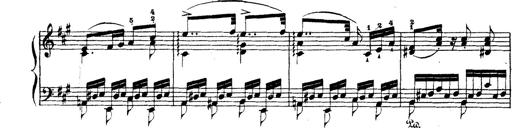
Title: Wagner-Liszt Album
Composer: Franz Liszt